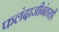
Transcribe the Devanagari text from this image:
फलंदाजीनंतरही